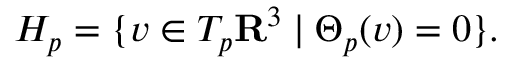
H _ { p } = \{ v \in T _ { p } \mathbf { R } ^ { 3 } \mid \Theta _ { p } ( v ) = 0 \} .